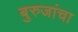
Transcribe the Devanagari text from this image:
बुरुजांचा